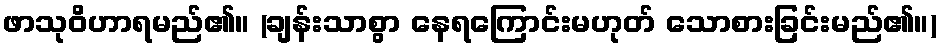
ဖာသုဝိဟာရမည်၏။ (ချန်းသာစွာ နေရကြောင်းမဟုတ် သောစားခြင်းမည်၏။)